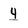
Character: 4